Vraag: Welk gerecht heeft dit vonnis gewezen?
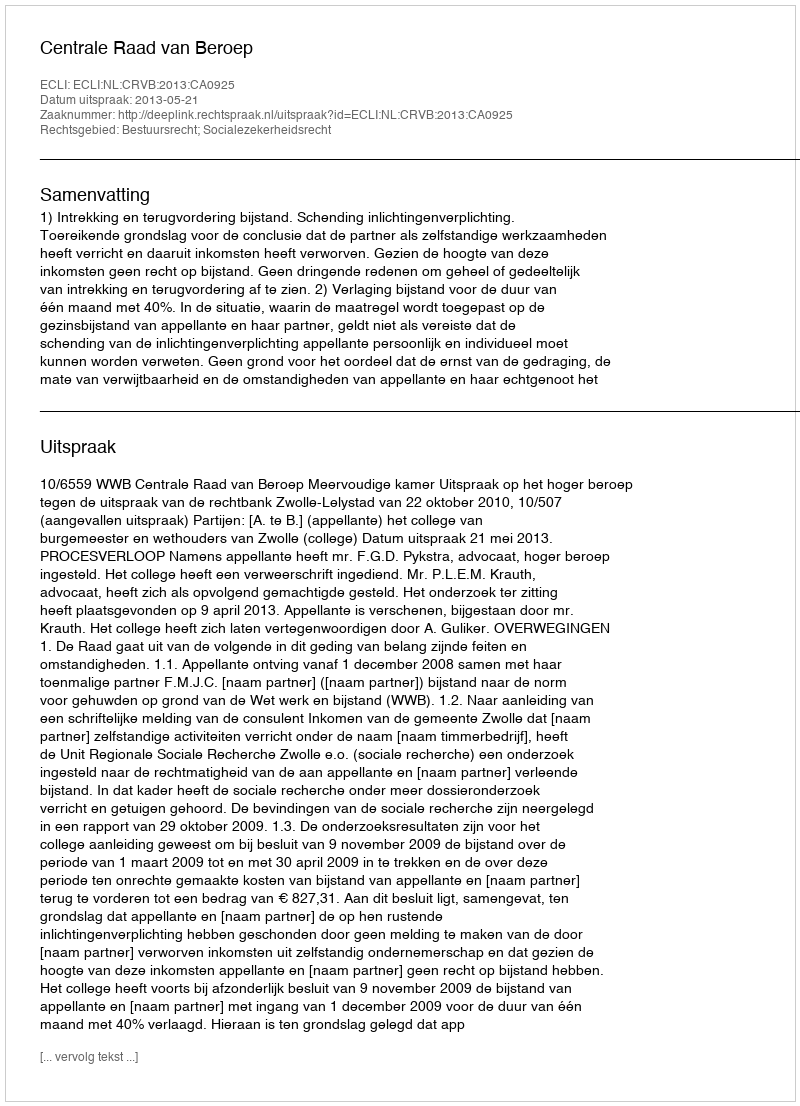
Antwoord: Centrale Raad van Beroep